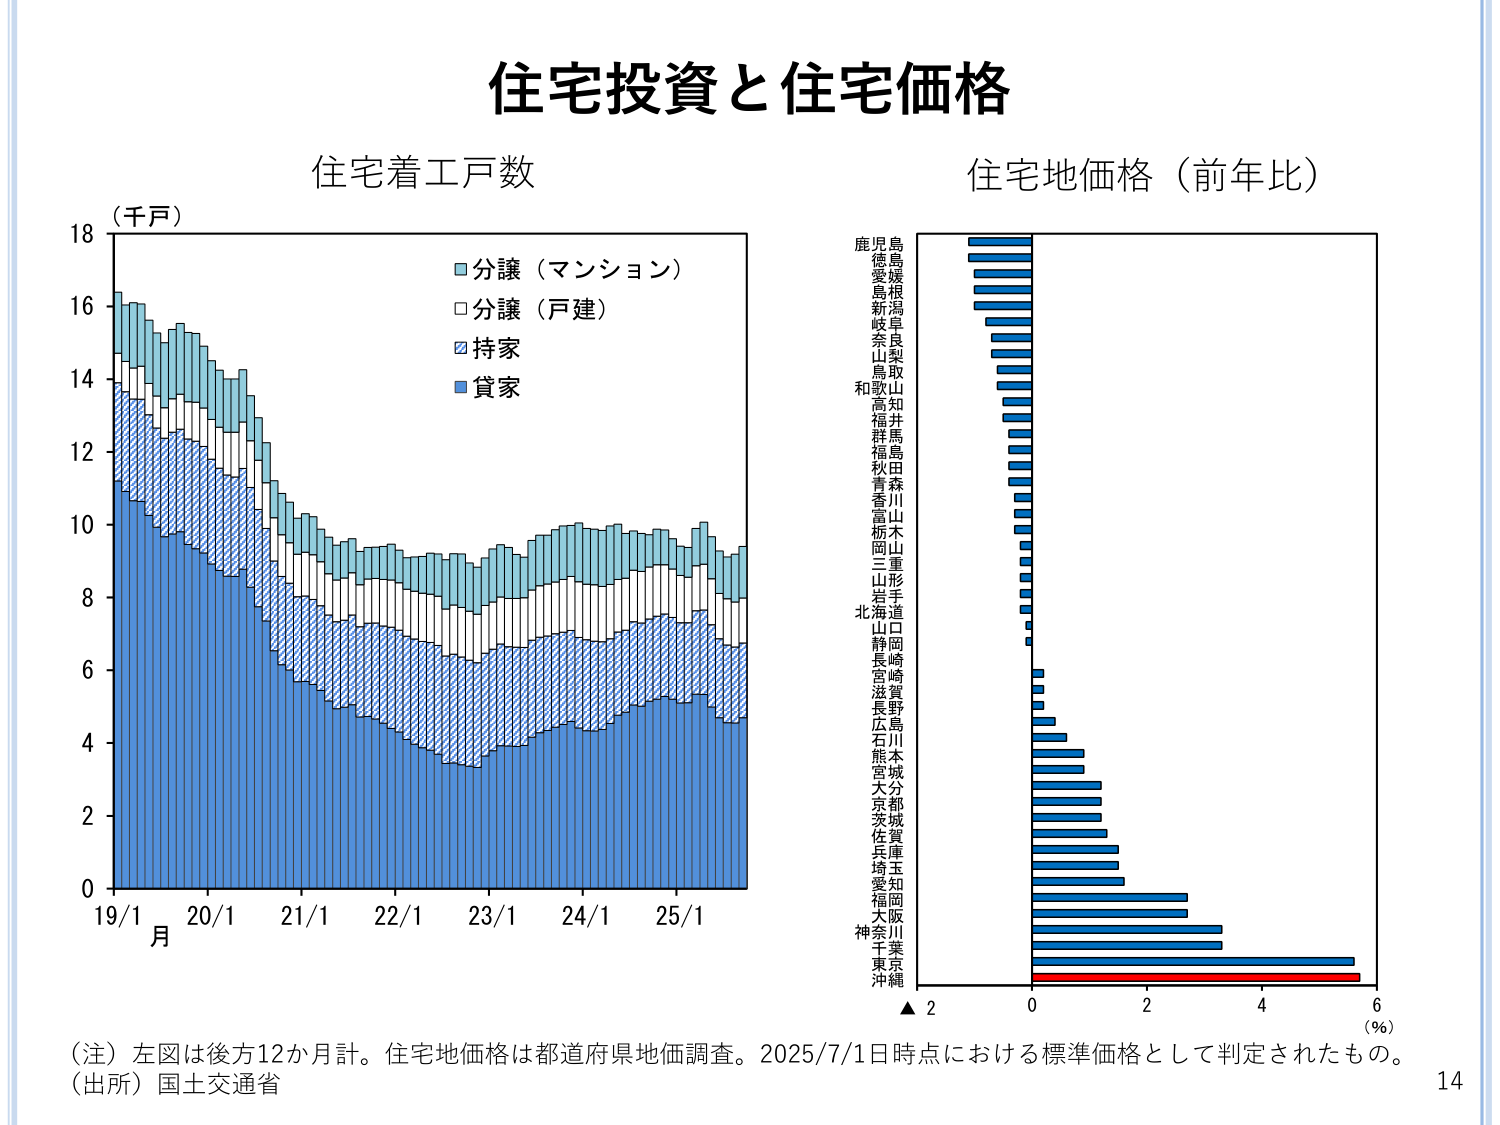
住宅投資と住宅価格

住宅着工戸数
（千戸）
18
16
14
12
10
8
6
4
2
0
19/1 20/1 21/1 22/1 23/1 24/1 25/1
月
■分譲（マンション）
□分譲（戸建）
■持家
■貸家

住宅地価格（前年比）
鹿児島
徳島
愛媛
新潟
岐阜
山梨
和歌山
高知
福井
群馬
秋田
青森
富山
栃木
三重
山形
北海道
静岡
長野
宮城
滋賀
長野
石川
熊本
大分
京都
佐賀
兵庫
愛知
福岡
大阪
東京
沖縄
▲ 2 0 2 4 6
（％）

（注）左図は後方12か月計。住宅地価格は都道府県地価調査。2025/7/1日時点における標準価格として判定されたもの。
（出所）国土交通省

14